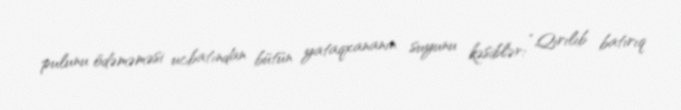
pulunu ödəməməsi ucbatından bütün yataqxananın suyunu kəsiblər: “Qırılıb batırıq